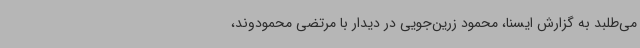
می‌طلبد به گزارش ایسنا، محمود زرین‌جویی در دیدار با مرتضی محمودوند،